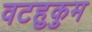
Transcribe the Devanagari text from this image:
वटहुकुम